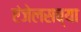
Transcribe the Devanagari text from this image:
एंजेलसच्या